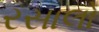
રસાલો